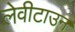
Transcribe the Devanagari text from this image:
लेवीटाउन